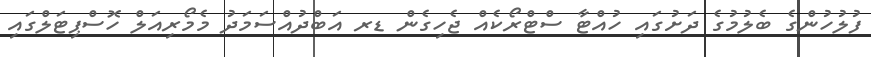
ފުލުހުންގެ ބެލުމުގެ ދަށުގައި ހުއްޓާ ސްޓްރޯކެއް ޖެހިގެން ޑރ އަބްދުއްސަމަދު މެމޯރިއަލް ހޮސްޕިޓަލްގައި